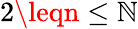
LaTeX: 2\leqn\leq\mathbb{N}